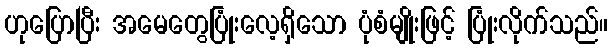
ဟုပြောပြီး အမေတွေပြုံးလေ့ရှိသော ပုံစံမျိုးဖြင့် ပြုံးလိုက်သည်။